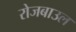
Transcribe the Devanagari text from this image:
रोजबाउल